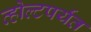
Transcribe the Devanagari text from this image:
व्होल्टपर्यंत